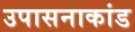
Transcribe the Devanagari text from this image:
उपासनाकांड